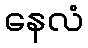
နေလံ